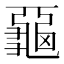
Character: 𪚦